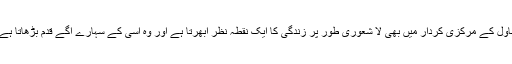
ناول کے مرکزی کردار میں بھی لا شعوری طور پر زندگی کا ایک نقطۂ نظر اُبھرتا ہے اور وہ اسی کے سہارے آگے قدم بڑھاتا ہے۔